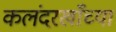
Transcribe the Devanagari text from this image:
कलंदरखाँच्या